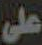
على